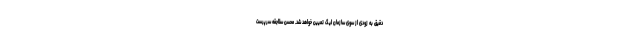
دقیق به زودی از سوی سازمان لیگ تعیین خواهد شد. محسن سلاجقه سرپرست